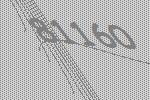
81160